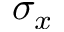
\sigma _ { x }